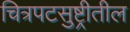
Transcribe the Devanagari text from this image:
चित्रपटसुष्ट्रीतील